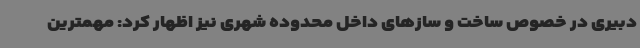
دبیری در خصوص ساخت و سازهای داخل محدوده شهری نیز اظهار کرد: مهمترین